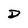
Character: D